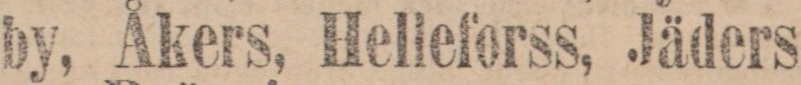
by, Åkers, Helleforss, Jäders